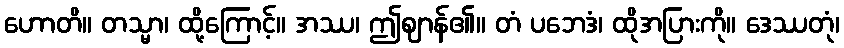
ဟောတိ။ တသ္မာ၊ ထို့ကြောင့်။ အဿ၊ ဤဈာန်၏။ တံ ပဘေဒံ၊ ထိုအပြားကို။ ဒေဿတုံ၊